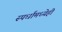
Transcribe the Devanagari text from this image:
स्पर्धांमध्येही